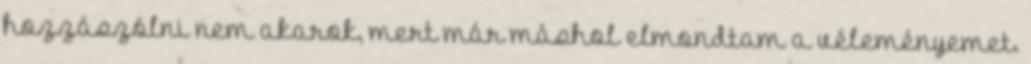
hozzászólni nem akarok, mert már máshol elmondtam a véleményemet.